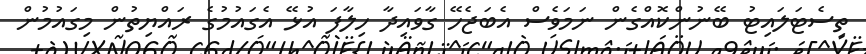
ތިސެޓަލައިޓު ބޭނުންކޮއްގެން ނަމަވެސް އެބަޖެހޭ ގާވައިދާ ހިލާފަ އުޅޭ އެގައުމުގެ ރައްޔިތުން މިގައުމުން